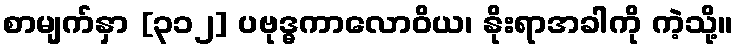
စာမျက်နှာ [၃၁၂] ပဗုဒ္ဓကာလောဝိယ၊ နိုးရာအခါကို ကဲ့သို့။